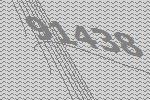
91438